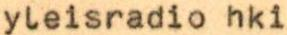
yleisradio hki